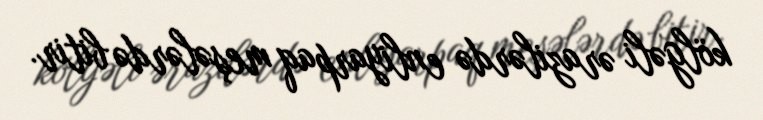
kölgəli ərazilərdə enliyarpaq meşələrdə bitir.